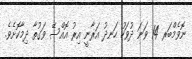
ނޮވެމްބަރ 14 ވަނަ ދުވަހު ހަނދު އަރާނީ އިރު އޮއްސޭ ވަގުތާ ދިމާކޮށެވެ.